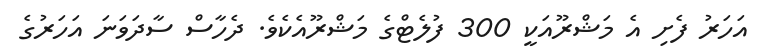
އަހަރު ފެށި އެ މަޝްރޫއަކީ 300 ފުލެޓްގެ މަޝްރޫއެކެވެ. ދެހާސް ސާދަވަނަ އަހަރުގެ